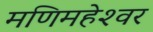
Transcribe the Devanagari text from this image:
मणिमहेश्‍वर